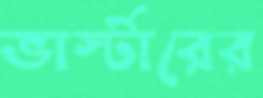
ভার্স্টারের